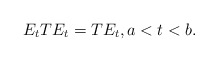
\begin{align*} E_t{T}E_t={T}E_t,a<t<b.\end{align*}